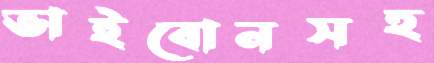
ভাইবোনসহ